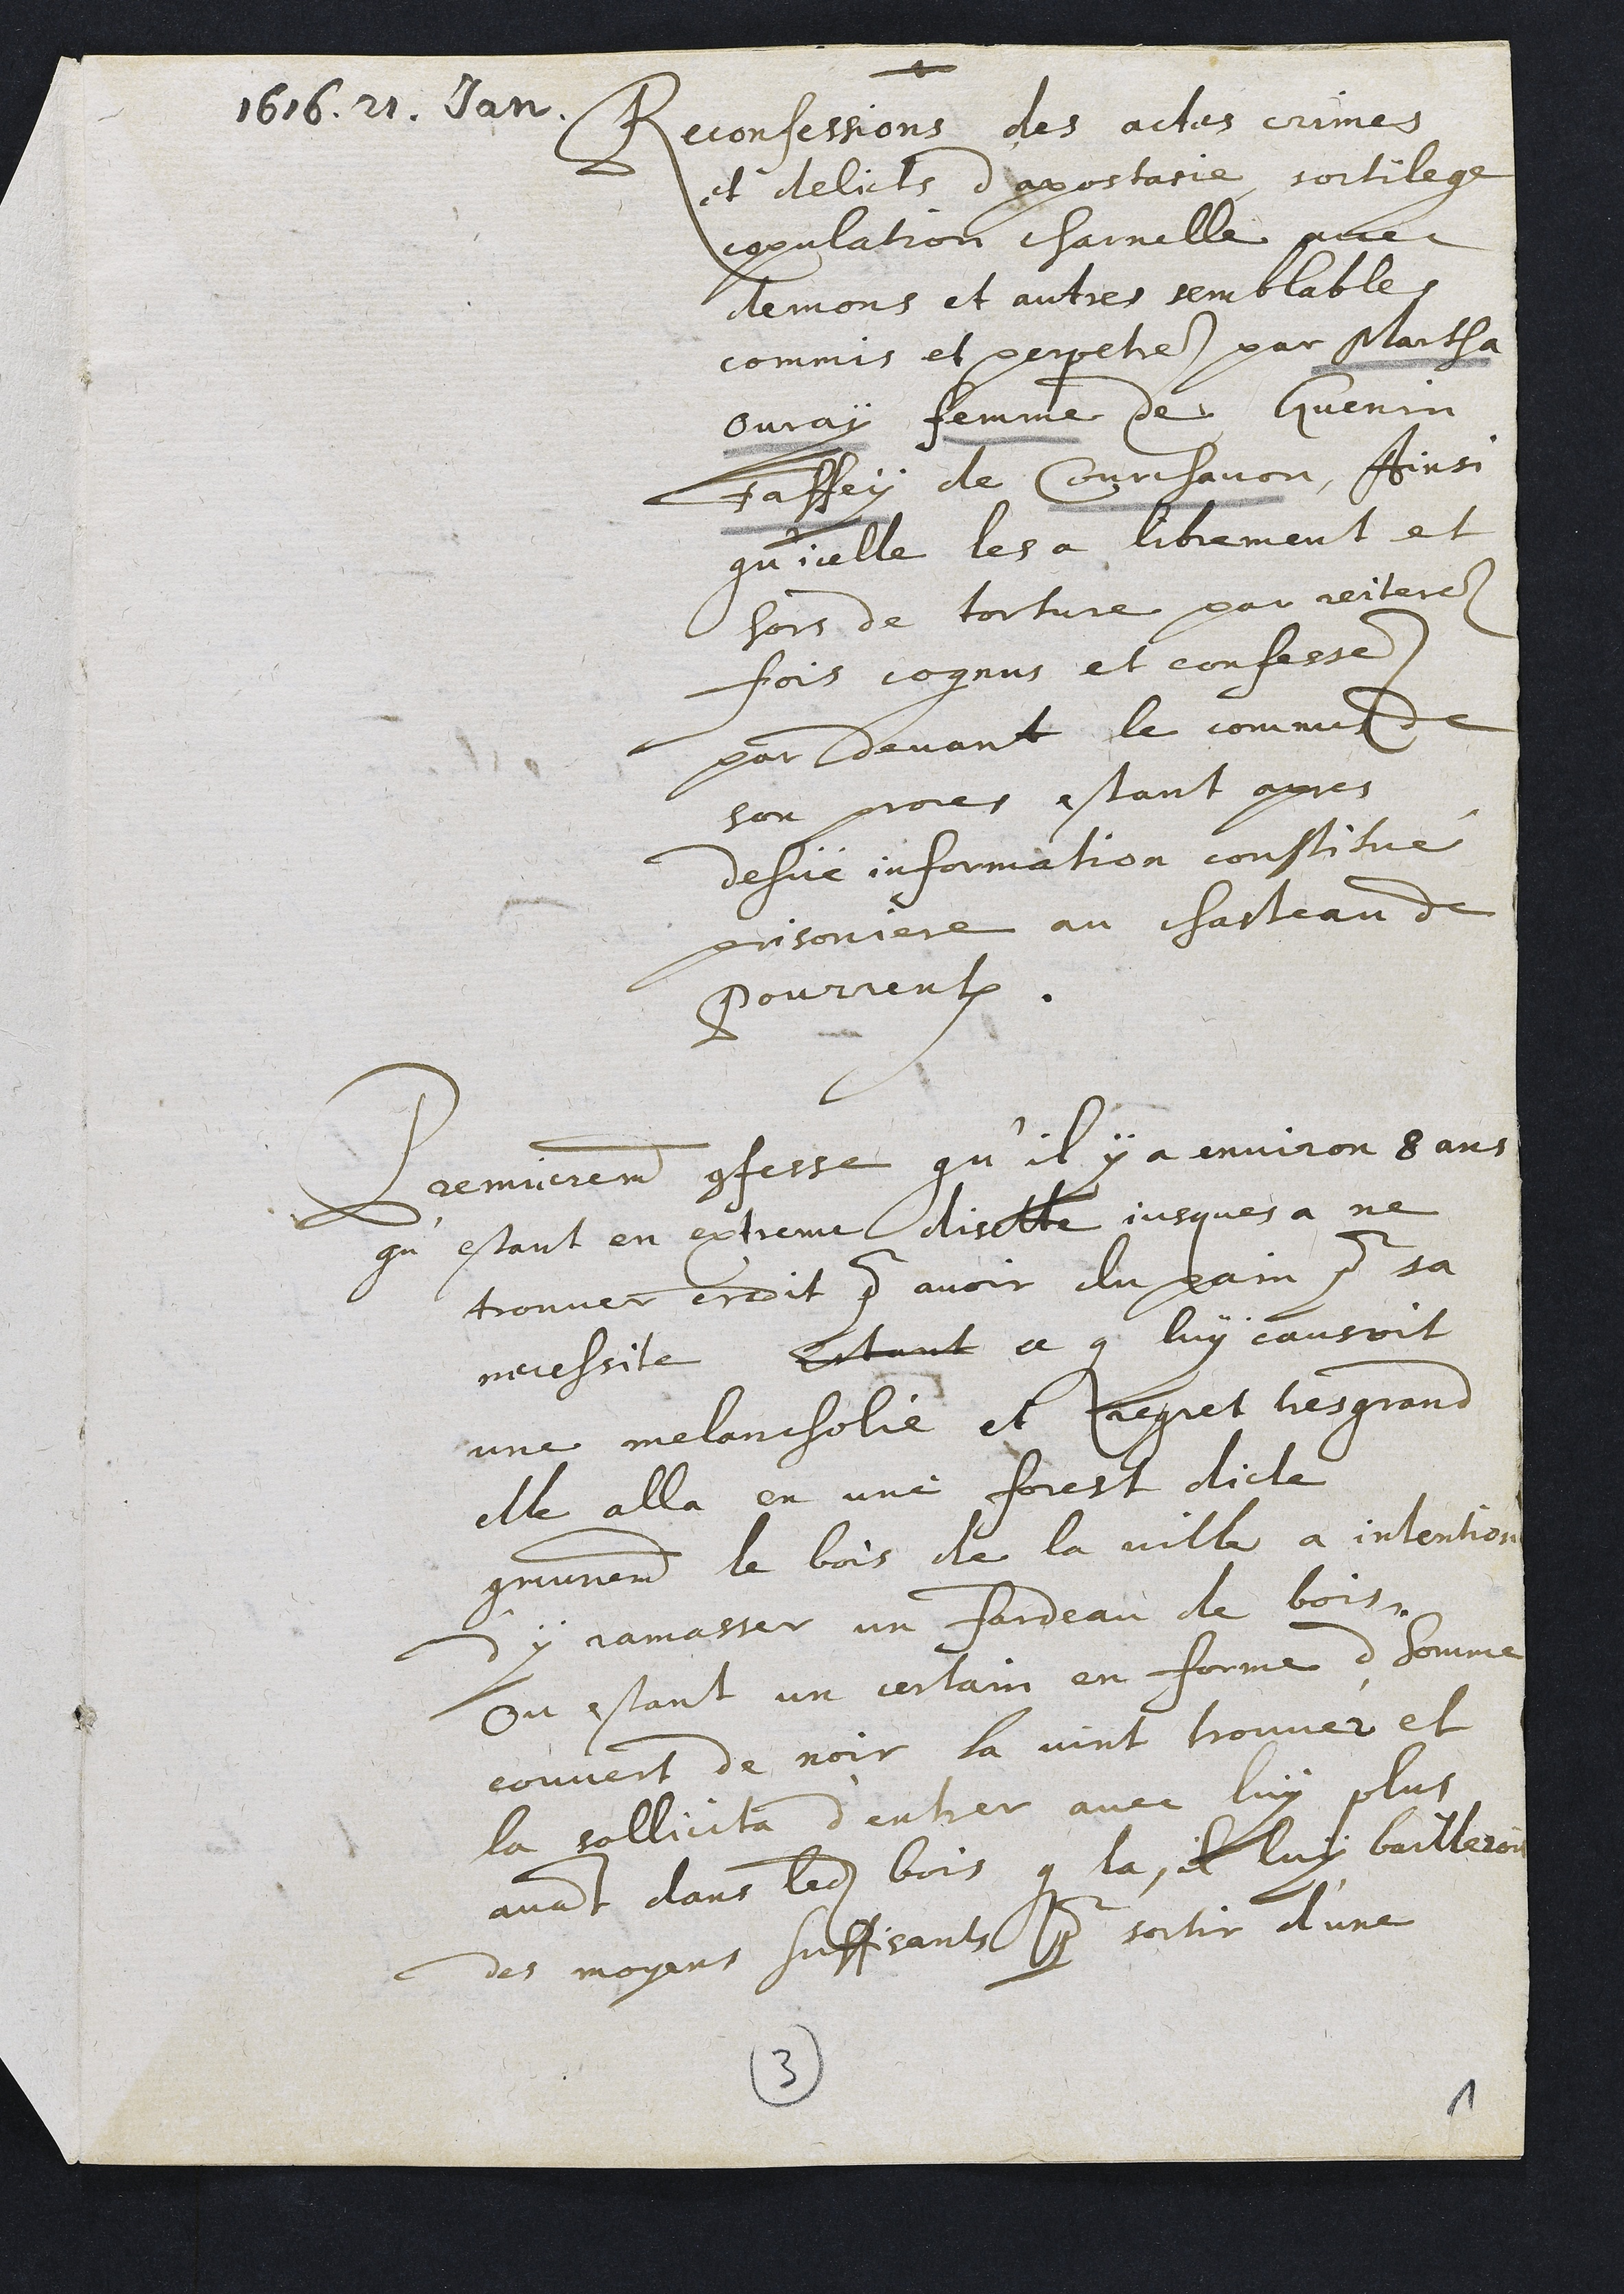
1616.21. Jan.
Reconfessions des actes crimes
et delicts depostanie sortilege
egoulation charnelle pue
demons et autres semblables
commis et perpetres par Martha
Ouray femme de Guenin
Faffey de Courchavon. Ainsi
qu'icelle les a librement et
hors de torture par reiteres.
fois cognus et confesse.
par devant le commul
son proces estant apres
dehue information coustitue
prisoniere au chasteau d
Pourrentruy.
Peemierement cofeste qu’il y a environ s ans
quiestant en extieme disette jusques a ne
trouver crodit pour avoir du pain pour sa
necessite. Estant ce que luy causoit
une melancholie et Jeequet tesgrans
elle alla en une forest dicte
communement le bois de la ville a intentioe
sy jamasser un faideau de boisn
Ou estant un certain en forme d'homme
couvert de noir la vint trouver et
la sollicita d'entrer avec luy plus
avant dans ledit bois que la il luy baillere
des moyens suffisants pour sortir d'une